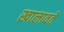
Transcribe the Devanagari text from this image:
खालावते